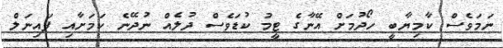
ނަމަވެސް ކާމިޔާބީ ހޯދުމަށް އޭނާގެ ޓީމު ކުޑަވެސް ދުލެއް ނުދޭނެ ކަމަށާއި ފައިނަލް